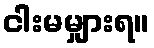
ငါးမမျှားရ။